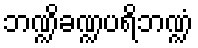
ဘဏ္ဍိခဏ္ဍပရိဘဏ္ဍံ